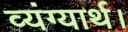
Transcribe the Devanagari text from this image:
व्यंग्यार्थ।